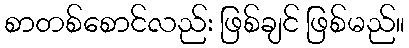
စာတစ်စောင်လည်း ဖြစ်ချင် ဖြစ်မည်။